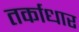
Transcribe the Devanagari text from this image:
तर्काधार